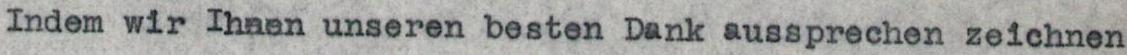
Indem wir Ihnen unseren besten Dank aussprechen zeichnen